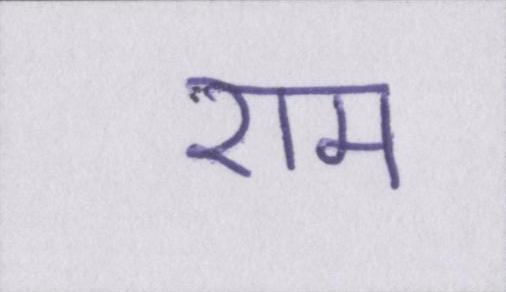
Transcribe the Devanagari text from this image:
राम